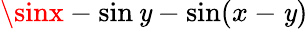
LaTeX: \sinx-\sin\mathit{y}-\sin(x-\mathit{y})